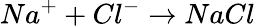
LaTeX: Na^{+}+Cl^{-}\rightarrow NaCl